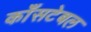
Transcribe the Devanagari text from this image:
काँसटेबल